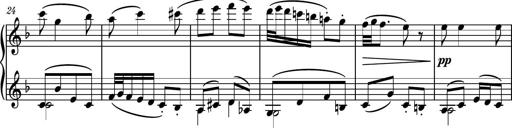
Title: Piano Sonatina II
Composer: Dimitri Sykias
Key: F major